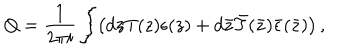
Q = \frac { 1 } { 2 \pi i } \int \! \left( d z T ( z ) \epsilon ( z ) + d \bar { z } \bar { T } ( \bar { z } ) \bar { \epsilon } ( \bar { z } ) \right) ,